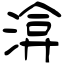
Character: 渰